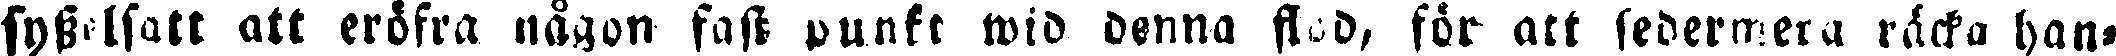
sysselsatt att eröfra någon fast punkt wid denna flod, för att sedermera räcka han-